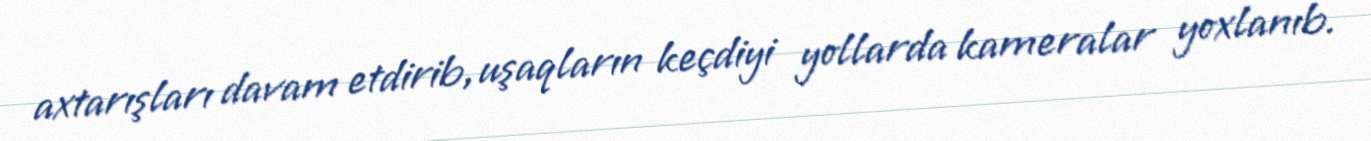
axtarışları davam etdirib, uşaqların keçdiyi yollarda kameralar yoxlanıb.